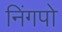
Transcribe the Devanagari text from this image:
निंगपो